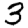
Digit: 3